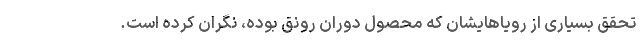
تحقق بسیاری از رویاهایشان که محصول دوران رونق بوده، نگران کرده است.